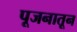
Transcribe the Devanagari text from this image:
पूजनातून